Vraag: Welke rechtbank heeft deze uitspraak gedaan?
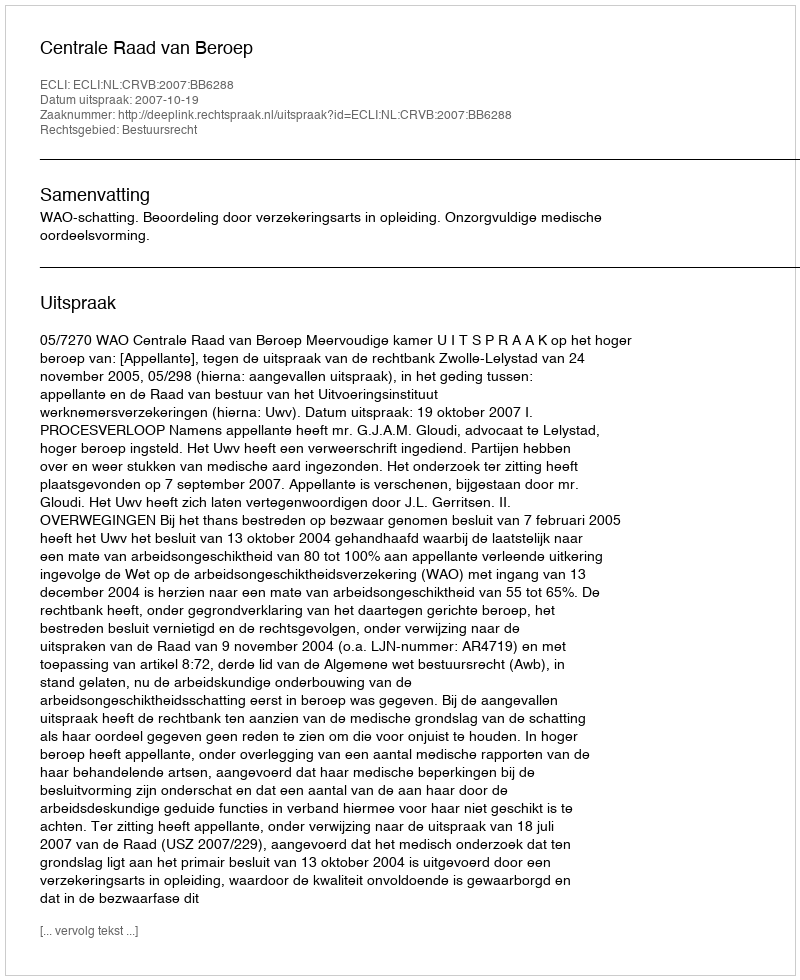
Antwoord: Centrale Raad van Beroep